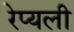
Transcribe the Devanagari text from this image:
रेप्यली